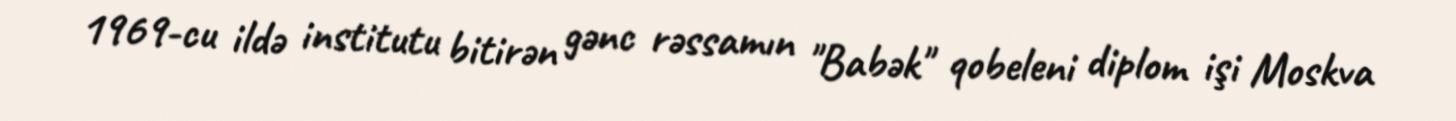
1969-cu ildə institutu bitirən gənc rəssamın "Babək" qobeleni diplom işi Moskva